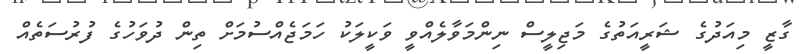
ގާޒީ މިއަދުގެ ޝަރީއަތުގެ މަޖިލީސް ނިންމަވާލެއްވީ ވަކީލަކު ހަމަޖެއްސުމަށް ތިން ދުވަހުގެ ފުރުސަތެއް